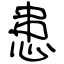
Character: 患